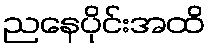
ညနေပိုင်းအထိ